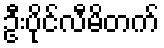
ဦးပိုင်လီမိတက်